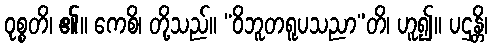
ဝုစ္စတိ၊ ၏။ ကေစိ၊ တို့သည်။ “ဝိဘူတရူပသညာ”တိ၊ ဟူ၍။ ပဌန္တိ၊